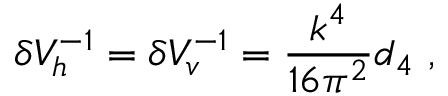
\delta V _ { h } ^ { - 1 } = \delta V _ { v } ^ { - 1 } = { \frac { k ^ { 4 } } { 1 6 \pi ^ { 2 } } } d _ { 4 } ~ ,